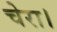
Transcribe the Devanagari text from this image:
चेरा।